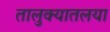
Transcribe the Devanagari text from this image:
तालुक्यातलया